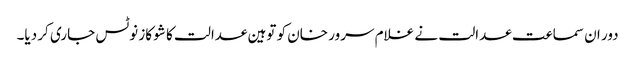
دور ان سماعت عدالت نے غلام سرور خان کو توہین عدالت کا شو کاز نوٹس جاری کر دیا۔